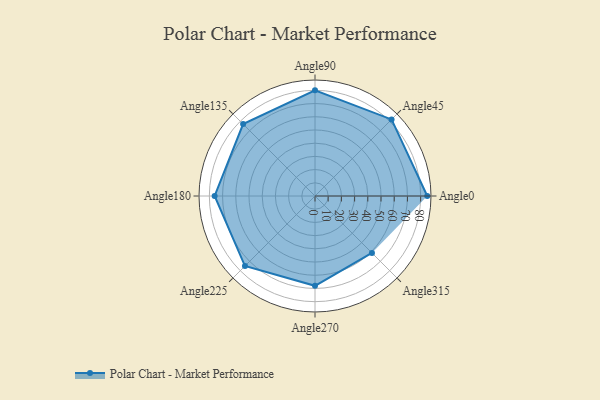
{"axis": {"x": "Angle", "y": "Radius"}, "legend": [""], "data": [{"x": "Angle0", "y": 85.0, "type": ""}, {"x": "Angle45", "y": 82.0, "type": ""}, {"x": "Angle90", "y": 80.0, "type": ""}, {"x": "Angle135", "y": 77.0, "type": ""}, {"x": "Angle180", "y": 76.0, "type": ""}, {"x": "Angle225", "y": 75.0, "type": ""}, {"x": "Angle270", "y": 68.0, "type": ""}, {"x": "Angle315", "y": 61.0, "type": ""}]}